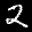
Label: 2